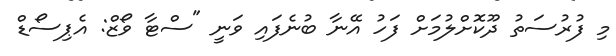
މި ފުރުސަތު ދޫކޮށްލުމަށް ފަހު އޭނާ ބުނެފައި ވަނީ "ސްޓާ ވޯޒް: އެޕިސޯޑް